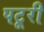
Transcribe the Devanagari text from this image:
पटूरी